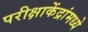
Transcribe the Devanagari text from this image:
परीक्षाकेंद्रांमध्ये